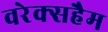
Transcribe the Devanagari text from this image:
वरेक्सहैम